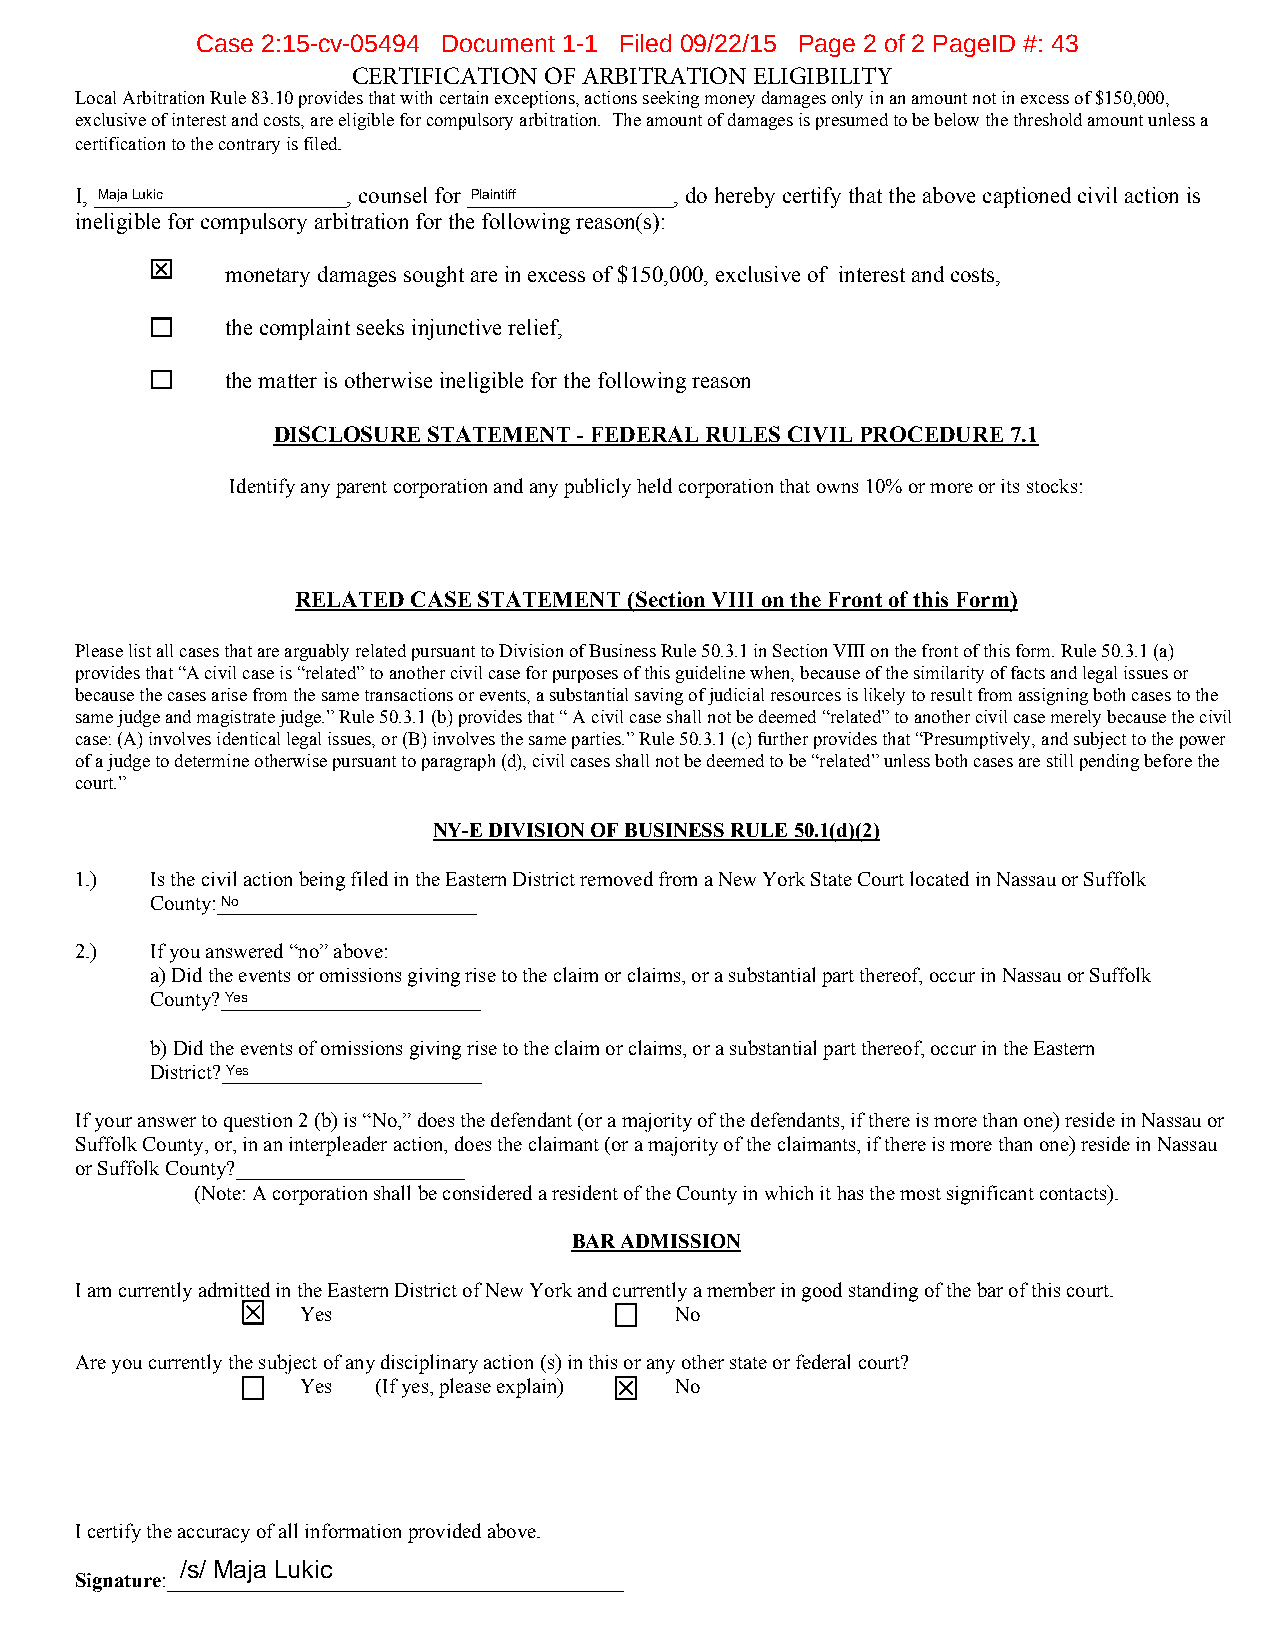
Case 2:15-cv-05494 Document 1-1 Filed 09/22/15 Page 2 of 2 PageID #: 43
 CERTIFICATION OF ARBITRATION ELIGIBILITY
 Local Arbitration Rule 83.10 provides that with certain exceptions, actions seeking money damages only in an amount not in excess of $150,000,
 exclusive of interest and costs, are eligible for compulsory arbitration. The amount of damages is presumed to be below the threshold amount unless a
 certification to the contrary is filed.
 I, _M_a_ja _Lu_k_ic________________, counsel for _P_la_int_iff______________, do hereby certify that the above captioned civil action is
 ineligible for compulsory arbitration for the following reason(s):
 monetary damages sought are in excess of $150,000, exclusive of interest and costs,
 the complaint seeks injunctive relief,
 the matter is otherwise ineligible for the following reason
 DISCLOSURE STATEMENT - FEDERAL RULES CIVIL PROCEDURE 7.1
 Identify any parent corporation and any publicly held corporation that owns 10% or more or its stocks:
 RELATED CASE STATEMENT (Section VIII on the Front of this Form)
 Please list all cases that are arguably related pursuant to Division of Business Rule 50.3.1 in Section VIII on the front of this form. Rule 50.3.1 (a)
 provides that “A civil case is “related” to another civil case for purposes of this guideline when, because of the similarity of facts and legal issues or
 because the cases arise from the same transactions or events, a substantial saving of judicial resources is likely to result from assigning both cases to the
 same judge and magistrate judge.” Rule 50.3.1 (b) provides that “ A civil case shall not be deemed “related” to another civil case merely because the civil
 case: (A) involves identical legal issues, or (B) involves the same parties.” Rule 50.3.1 (c) further provides that “Presumptively, and subject to the power
 of a judge to determine otherwise pursuant to paragraph (d), civil cases shall not be deemed to be “related” unless both cases are still pending before the
 court.”
 NY-E DIVISION OF BUSINESS RULE 50.1(d)(2)
 1.)  Is the civil action being filed in the Eastern District removed from a New York State Court located in Nassau or Suffolk
 County:_N_o_______________________
 2.)  If you answered “no” above:
 a)Did the events or omissions giving rise to the claim or claims, or a substantial part thereof, occur in Nassau or Suffolk
 County?_Y_es_______________________
 b)Did the events of omissions giving rise to the claim or claims, or a substantial part thereof, occur in the Eastern
 District?_Y_es_______________________
 If your answer to question 2 (b) is “No,” does the defendant (or a majority of the defendants, if there is more than one) reside in Nassau or
 Suffolk County, or, in an interpleader action, does the claimant (or a majority of the claimants, if there is more than one) reside in Nassau
 or Suffolk County?______________________
 (Note: A corporation shall be considered a resident of the County in which it has the most significant contacts).
 BAR ADMISSION
 I am currently admitted in the Eastern District of New York and currently a member in good standing of the bar of this court.
 Yes                      No
 Are you currently the subject of any disciplinary action (s) in this or any other state or federal court?
 Yes  (If yes, please explain) No
 I certify the accuracy of all information provided above.
 /s/ Maja Lukic
 Signature:____________________________________________